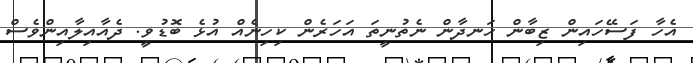
އެހާ ފަސޭހައިން ޒިބާން ހަނދާން ނެތުނީތަ އަހަރެން ކިހިނެއް އުޅެ ބޮޑުވީ. ދެއާއިލާއިންވެސް